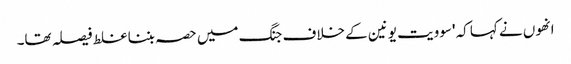
انھوں نے کہا کہ 'سوویت یونین کے خلاف جنگ میں حصہ بننا غلط فیصلہ تھا۔